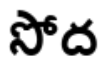
సోద